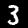
Digit: 3